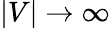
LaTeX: |V|\rightarrow\infty